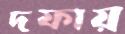
দফায়